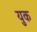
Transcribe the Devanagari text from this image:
युक